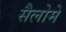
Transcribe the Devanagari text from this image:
सैलोमे